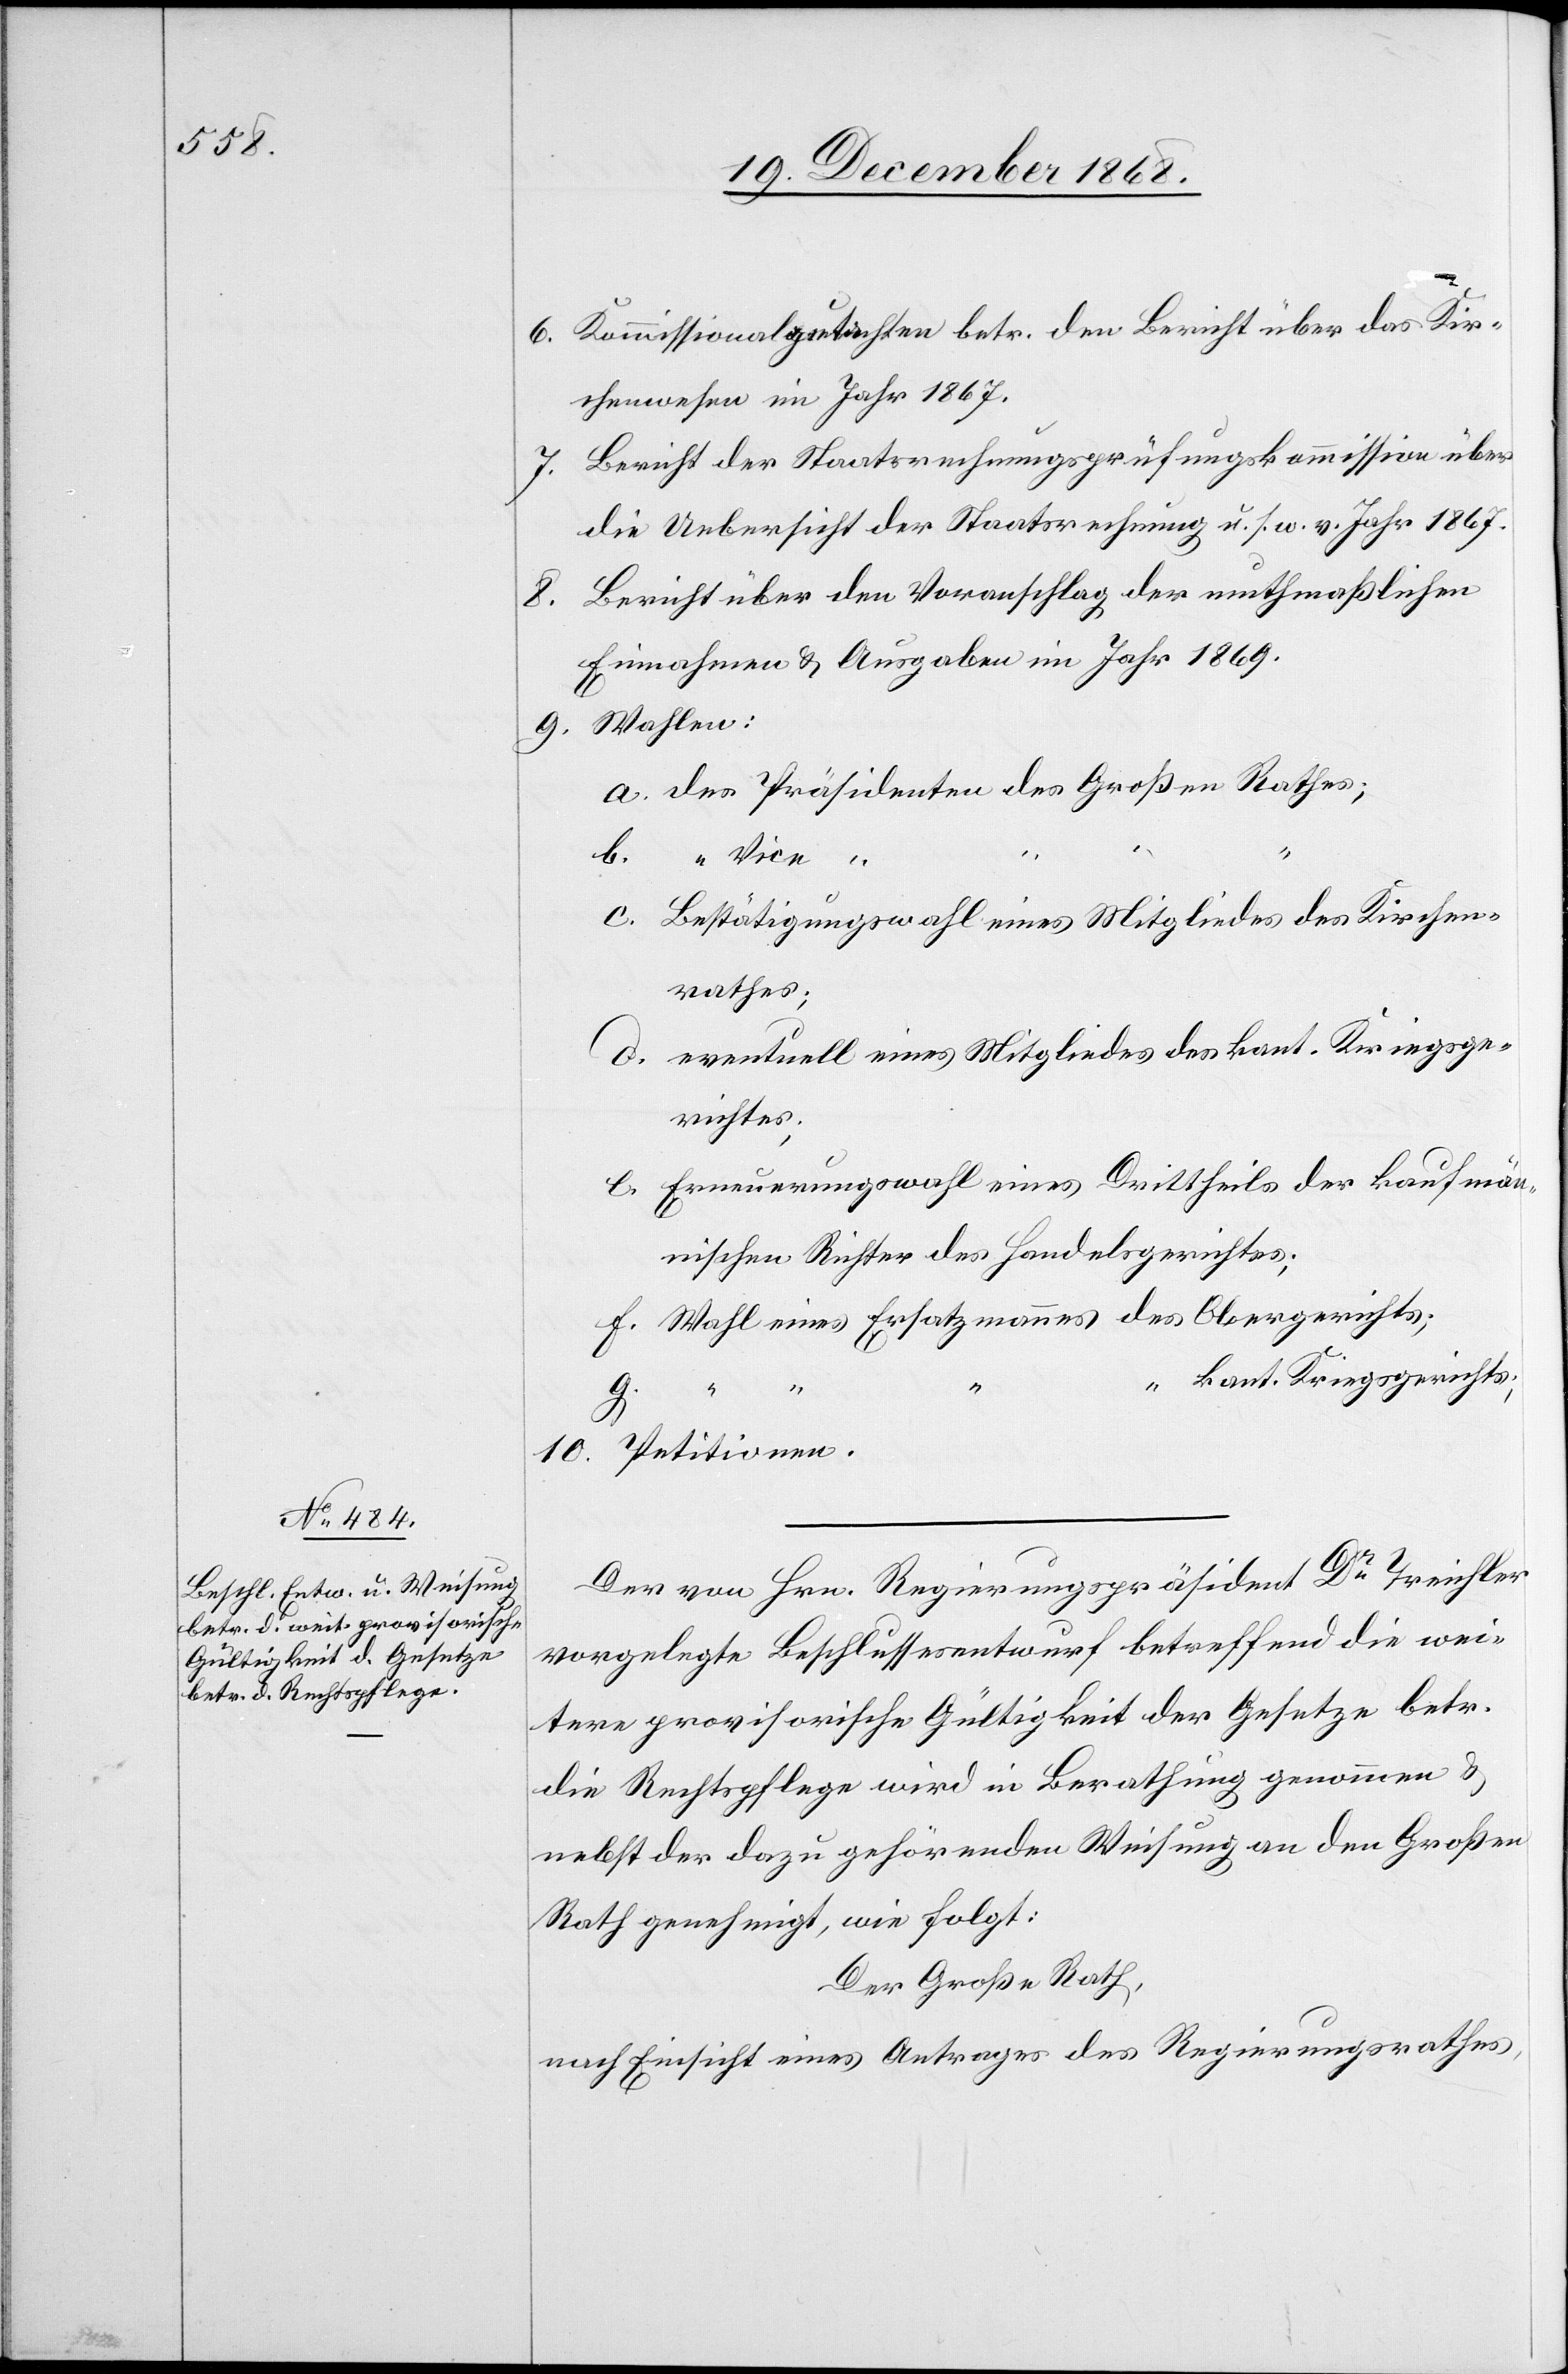
Kommissionalgutachten betr. den Bericht über das Kir¬
chenwesen im Jahr 1867.
Bericht der Staatsrechnungsprüfungskommission über
die Uebersicht der Staatsrechnung u. s. w. v. Jahr 1867.
Bericht über den Voranschlag der muthmaßlichen
6.
Einnahmen & Ausgaben im Jahr 1869.
des Präsidenten des Großen Rathes;
Bestätigungswahl eines Mitgliedes des Kirchen¬
rathes;
eventuell eines Mitgliedes des kant. Kriegsge¬
richtes;
Erneuerungswahl eines Drittheils der kaufmän¬
nischen Richter des Handelsgerichtes;
Wahl eines Ersatzmannes des Obergerichts;
“ kant. Kriegsgerichts;
“
“ “ “ “
10.
Petitionen.
Der von Hrn. Regierungspräsident Dr Treichler
vorgelegte Beschlussesentwurf betreffend die wei¬
tere provisorische Gültigkeit der Gesetze betr.
die Rechtspflege wird in Berathung genommen &
nebst der dazu gehörenden Weisung an den Großen
Rath genehmigt, wie folgt:
Der Große Rath,
nach Einsicht eines Antrages des Regierungsrathes,